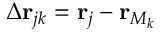
\Delta \mathbf { r } _ { j k } = \mathbf { r } _ { j } - \mathbf { r } _ { M _ { k } }